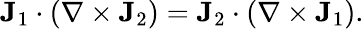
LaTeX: \mathbf{J}_{1}\cdot(\nabla\times\mathbf{J}_{2})=\mathbf{J}_{2}\cdot(\nabla\times\mathbf{J}_{1}).